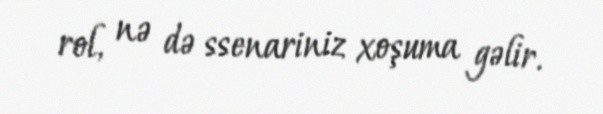
rol, nə də ssenariniz xoşuma gəlir.